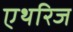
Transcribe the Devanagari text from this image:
एथरिज